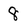
Character: 8